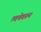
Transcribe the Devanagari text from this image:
त्वचेवरून